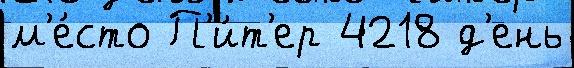
м'е́сто П'и́т'ер 4218 д'ень